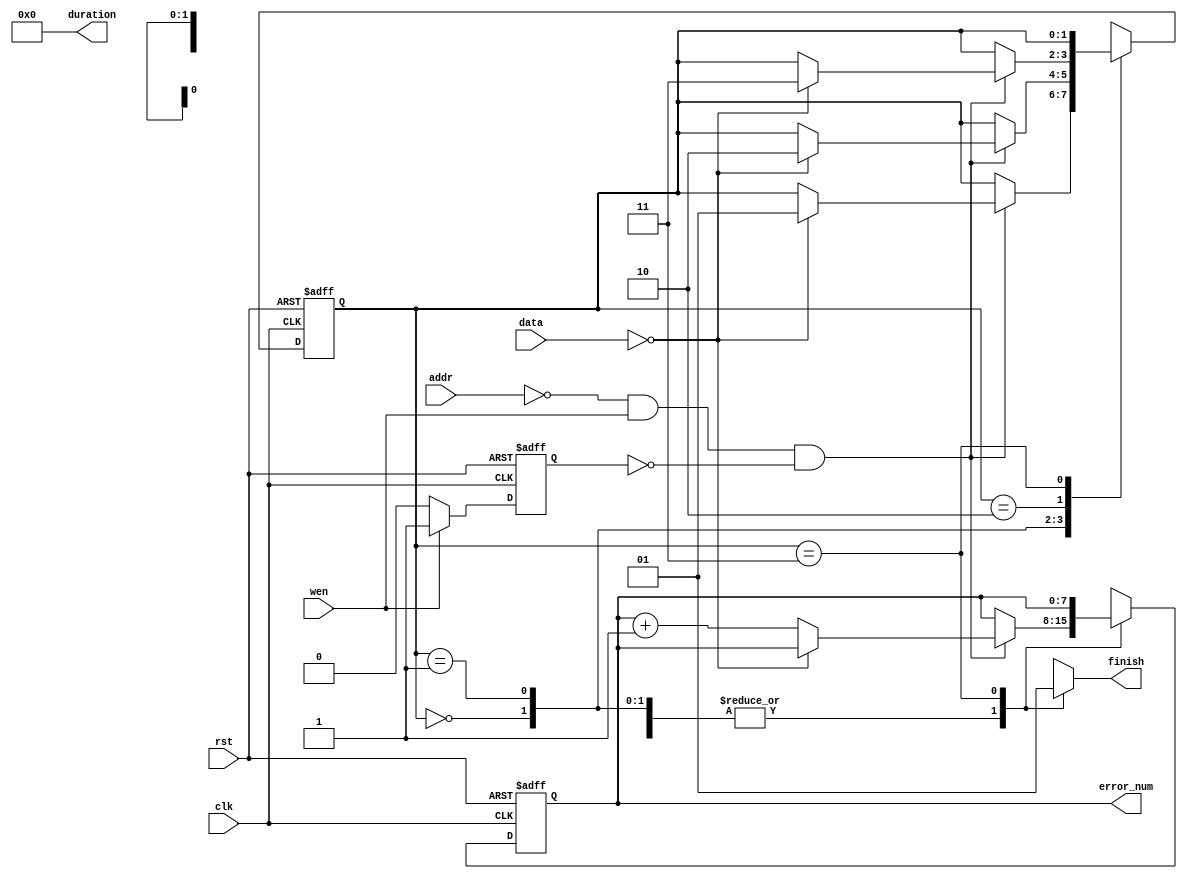
module	TestBed(
	clk,
	rst,
	addr,
	data,
	wen,
	error_num,
	duration,
	finish
);
	input			clk, rst;
	input	[29:0]	addr;
	input	[31:0]	data;
	input			wen;
	output	[7:0]	error_num;
	output	[15:0]	duration;
	output			finish;
	reg				finish;
	reg		[1:0]	curstate;
	reg		[1:0]	nxtstate;
	reg		[7:0]	error_num,nxt_error_num;
	reg				state,state_next;
		
	parameter	state_A   = 2'b00;
	parameter	state_B   = 2'b01;
	parameter	state_C   = 2'b10;
	parameter	state_end = 2'b11;
	
	assign duration = 0;

	always@( posedge clk or negedge rst )						// State-DFF
	begin
		if( ~rst )
		begin
			curstate <= state_A;
			error_num <= 8'd0;

			state <= 0;
		end
		else
		begin
			curstate <= nxtstate;
			error_num <= nxt_error_num;
			
			state <= state_next;
		end
	end
			
	always@(*)	// FSM for test
	begin
		finish = 1'b0;
		case( curstate )
		state_A   : begin
						nxt_error_num = error_num;
						nxtstate = curstate;
						if( addr==0 && wen && !state ) begin
							if (data == 0) begin
								$display("\\\\\\\\\\\\\\\\\\\\\\\\\\\\\\\\nBranch Part A is complete.");
								nxtstate = state_B;
							end
							else begin
								nxt_error_num = error_num + 1;
							end	
						end
					end
		state_B   : begin
						nxt_error_num = error_num;
						nxtstate = curstate;
						if( addr==0 && wen && !state ) begin
							if (data == 0) begin
								$display("\\\\\\\\\\\\\\\\\\\\\\\\\\\\\\\\nBranch Part B is complete.");
								nxtstate = state_C;
							end
							else begin
								nxt_error_num = error_num + 1;
							end	
						end
					end
		state_C   : begin
						nxt_error_num = error_num;
						nxtstate = curstate;
						if( addr==0 && wen && !state ) begin
							if (data == 0) begin
								$display("\\\\\\\\\\\\\\\\\\\\\\\\\\\\\\\\nBranch Part C is complete.\\\\\\\\\\\\\\\\\\\\\\\\\\\\\\\\n");
								nxtstate = state_end;
							end
							else begin
								nxt_error_num = error_num + 1;
							end	
						end
					end
		state_end :	begin
						finish = 1'b1;
						nxtstate = curstate;
						nxt_error_num = error_num;	
					end						
		endcase
	end
	
	always@(*)begin//sub-FSM (avoid the Dcache stall condition)
		case(state)
			1'b0:begin
				if(wen)
					state_next=1;
				else
					state_next=state;				
			end
			1'b1:begin
				if(!wen)
					state_next=0;
				else
					state_next=state;	
			end
		endcase
	end

	always@( negedge clk )						
	begin
		if(curstate == state_end) begin
			$display("--------------------------- Simulation FINISH !!---------------------------");
			if (error_num) begin 
				$display("============================================================================");
				$display("\\\\\\\\\\\\\\\\\\\\\\\\\\\\\\\\n (T_T) FAIL!! The simulation result is FAIL!!!\\\\\\\\\\\\\\\\\\\\\\\\\\\\\\\\n");
				$display("============================================================================");
			end
			 else begin 
				$display("============================================================================");
				$display("\\\\\\\\\\\\\\\\\\\\\\\\\\\\\\\\n \\\\\\\\\\\\\\\\\\\\\\\\\\\\\\\\\\\\\\\\\\\\\\\\\\\\\\\\\\\\\\\\(^o^)/ CONGRATULATIONS!!  The simulation result is PASS!!!\\\\\\\\\\\\\\\\\\\\\\\\\\\\\\\\n");
				$display("============================================================================");
			end
		end
	end
endmodule